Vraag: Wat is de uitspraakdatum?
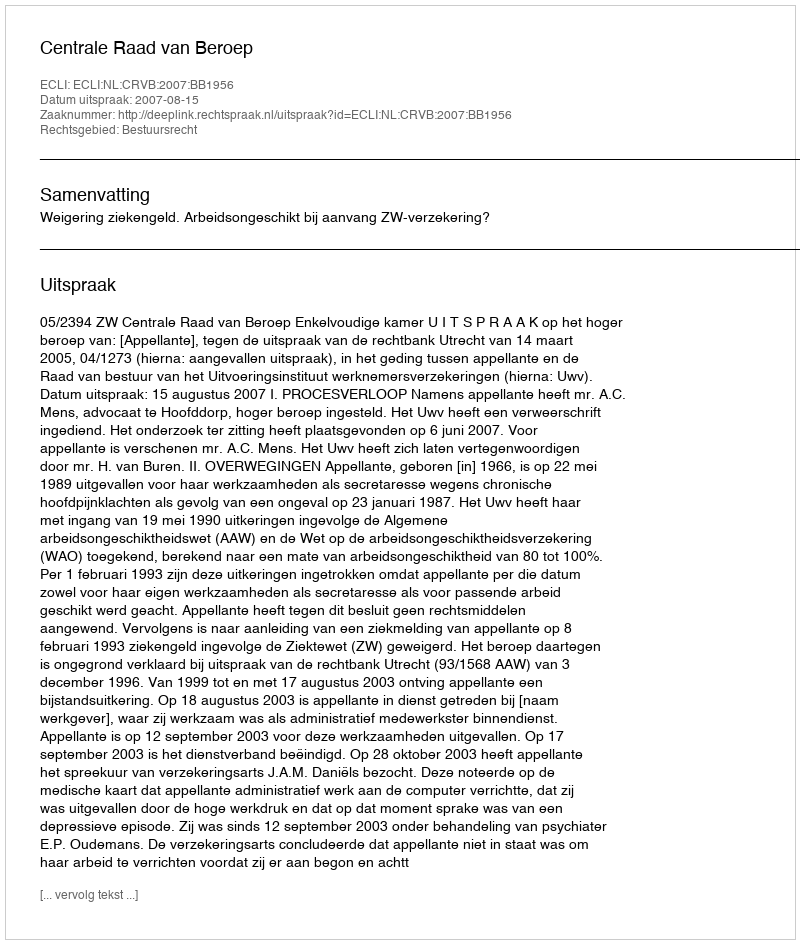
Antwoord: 2007-08-15